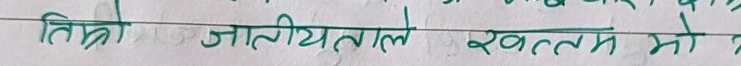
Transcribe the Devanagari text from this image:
तिम्रो जातीयताले खत्तम भो ?